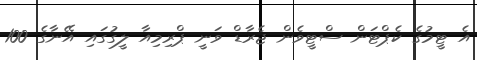
އެ ޓީމުގެ ކެޕްޓަން ސްޓީވެން ޖެރާޑް ވަނީ ޕްރިމިއާ ލީގުގައި އޭނާގެ 100